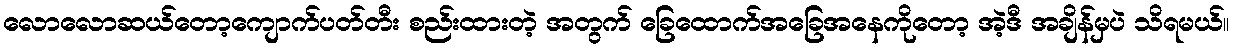
လောလောဆယ်တော့ကျောက်ပတ်တီး စည်းထားတဲ့ အတွက် ခြေထောက်အခြေအနေကိုတော့ အဲ့ဒီ အချိန်မှပဲ သိရမယ်။